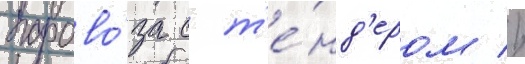
парово́за с т'е́нд'ером //